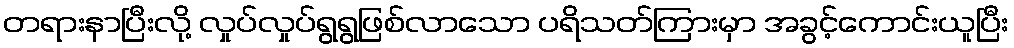
တရားနာပြီးလို့ လှုပ်လှုပ်ရွရွဖြစ်လာသော ပရိသတ်ကြားမှာ အခွင့်ကောင်းယူပြီး